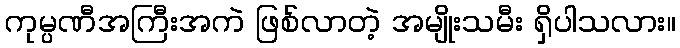
ကုမ္ပဏီအကြီးအကဲ ဖြစ်လာတဲ့ အမျိုးသမီး ရှိပါသလား။